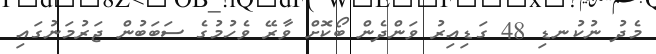
މެދު ނުކުނޑި 48 ގަޑިއިރު ވަންދެން ބޯކޮށް ވާރޭ ވެހުމުގެ ސަބަބުން ޖަރުމަނުގައި